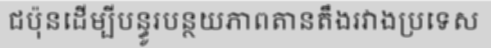
ជប៉ុនដើម្បីបន្ធូរបន្ថយភាពតានតឹងរវាងប្រទេស